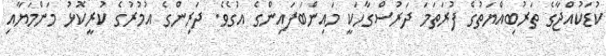
ކުޑަކުއްޖާގެ ތަރުބިއްޔަތުގެ ފުރަތަމަ ދަރުސްގާހަކީ މައިންބަފައިންގެ އުގެވެ. ދަރިންގެ އުމުރުގެ ކުރީކޮޅު މަންމަޔާއި